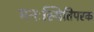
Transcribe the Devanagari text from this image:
मनःस्थितिपरक